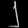
Digit: ၂